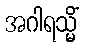
အဂါရသ္မိံ